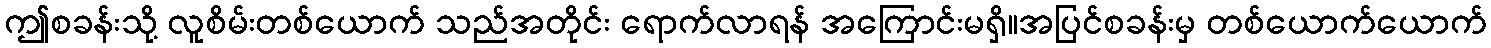
ဤစခန်းသို့ လူစိမ်းတစ်ယောက် သည်အတိုင်း ရောက်လာရန် အကြောင်းမရှိ။အပြင်စခန်းမှ တစ်ယောက်ယောက်